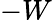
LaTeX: -W